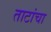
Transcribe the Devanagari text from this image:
ताटांचा